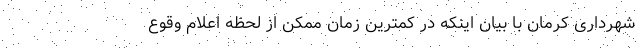
شهرداری کرمان با بیان اینکه در کمترین زمان ممکن از لحظه اعلام وقوع